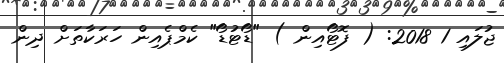
ޖުލައި 1 2018: ( ފޮޓޯއިން ) "ޑޯޓުޑޯ" ކެމްޕެއިން ހަރަކާތަށް ދިން